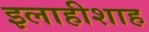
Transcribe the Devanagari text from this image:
इलाहीशाह